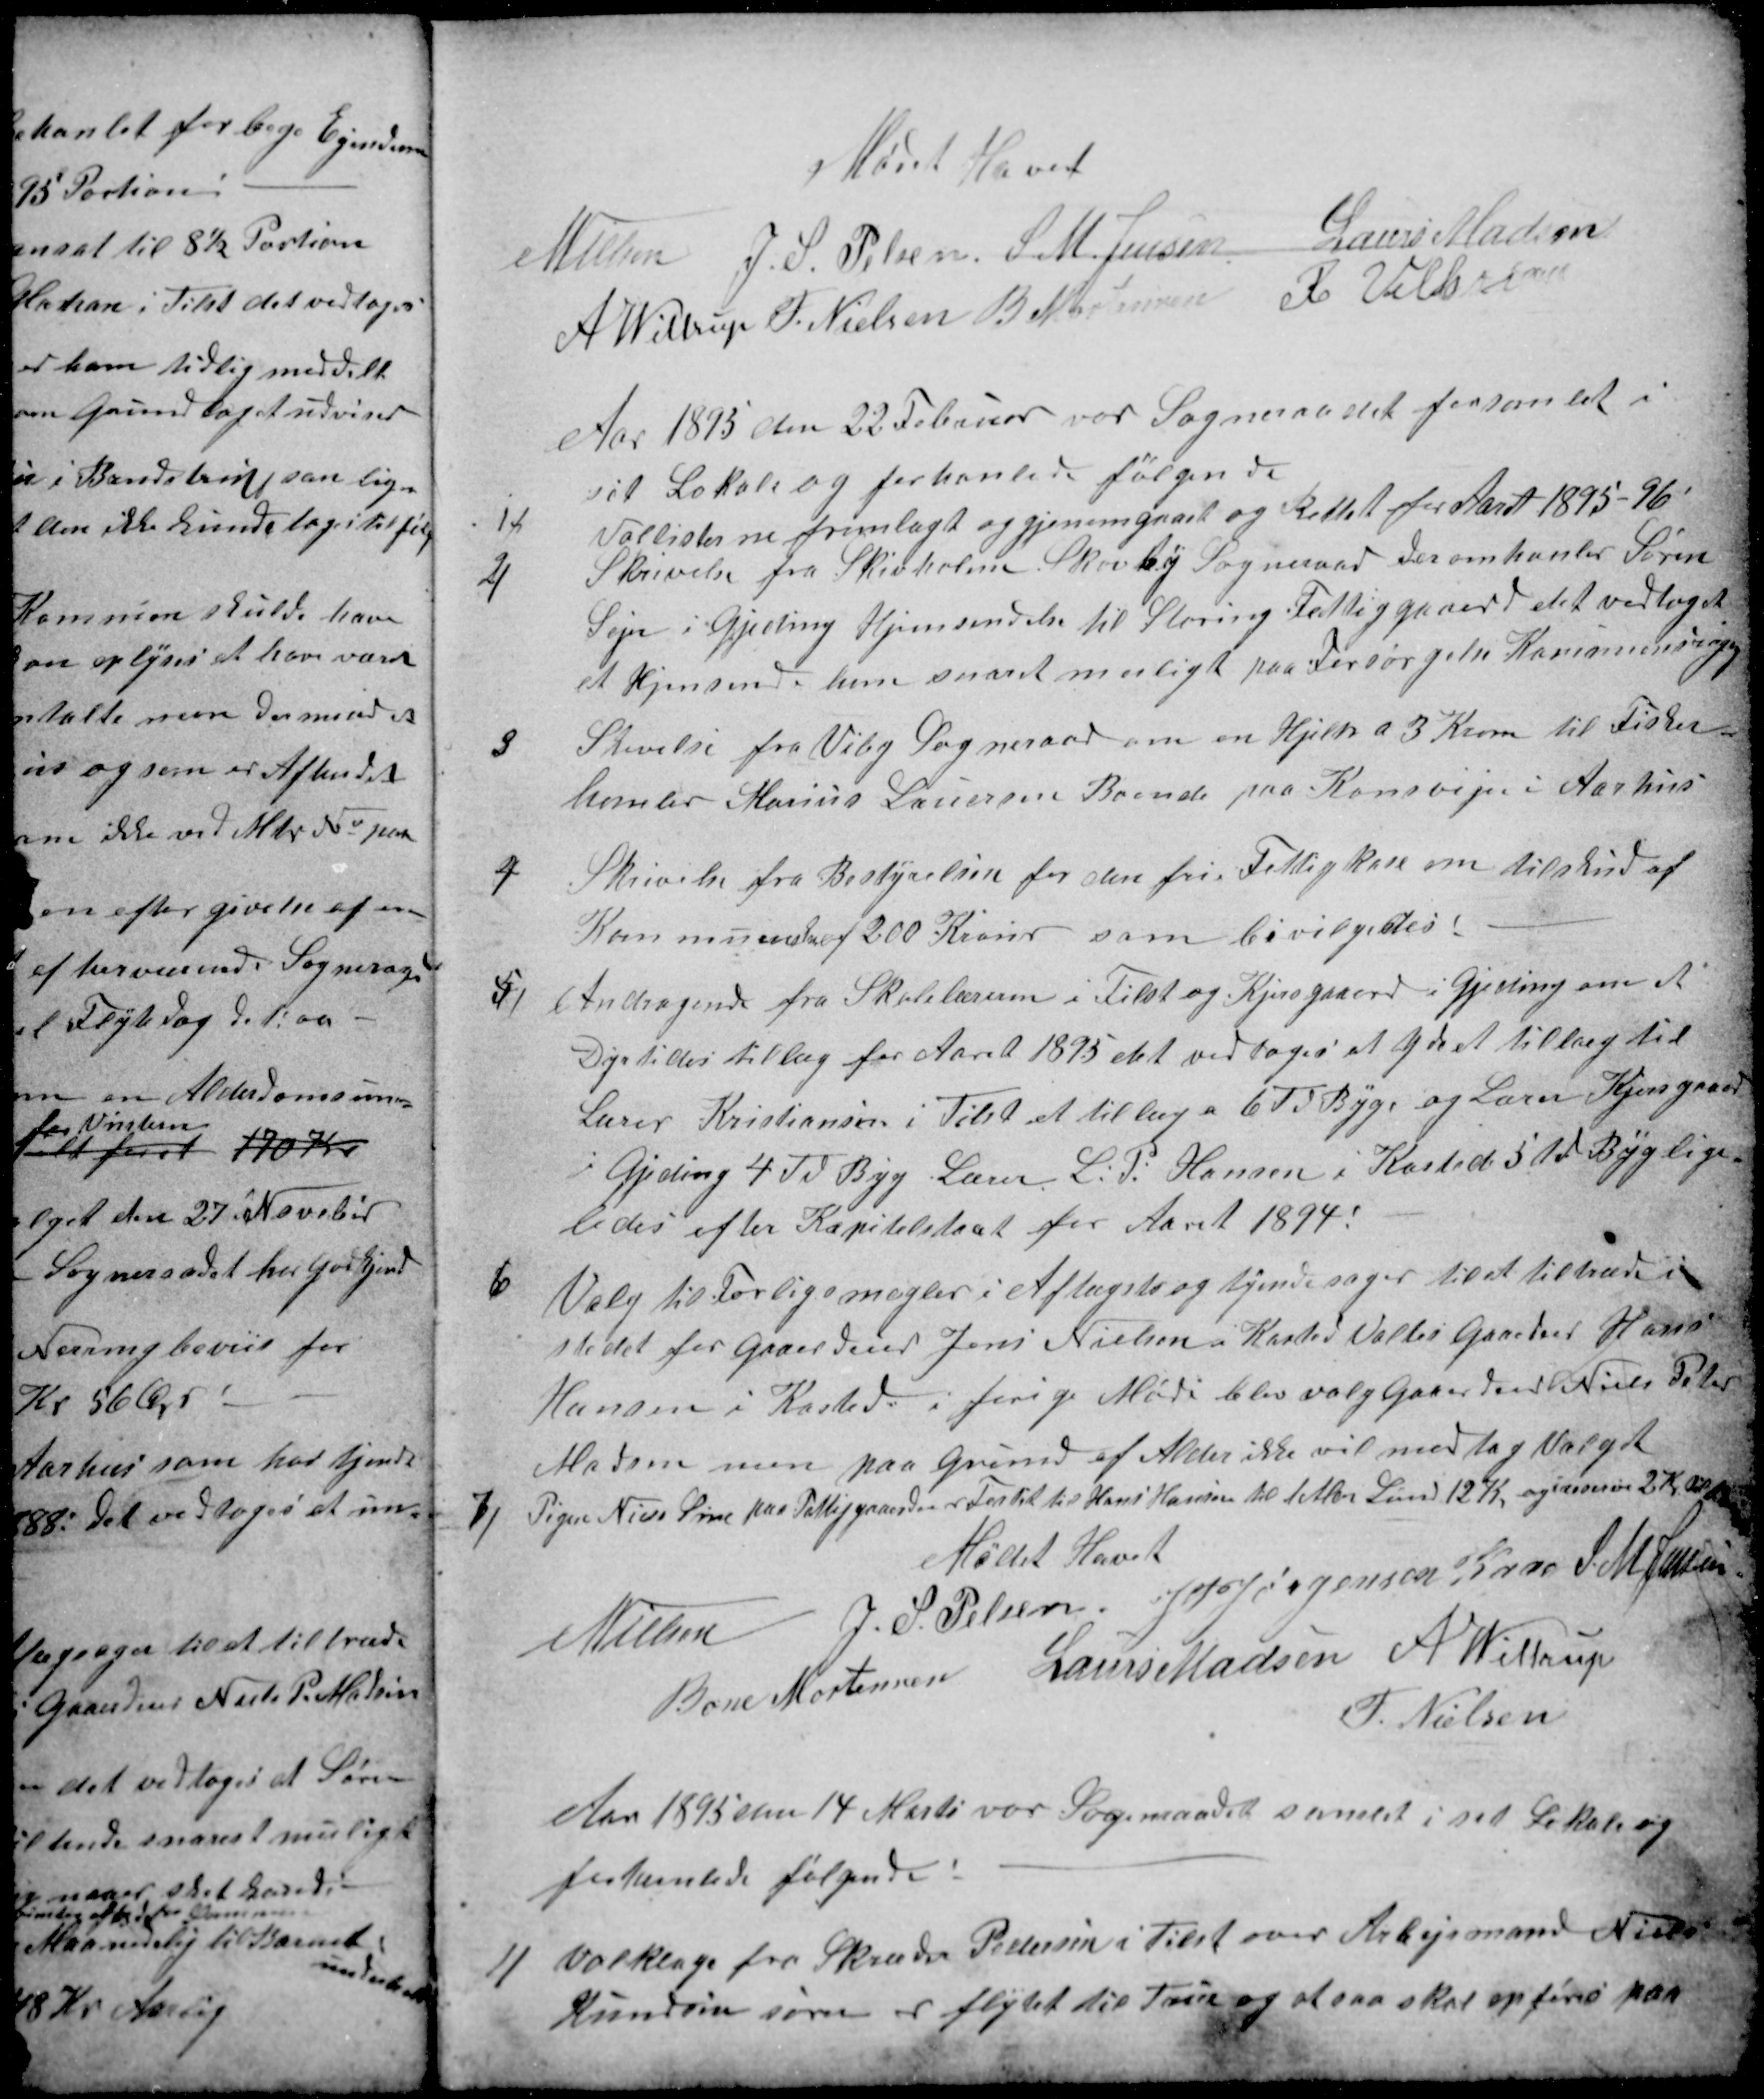
Transskription:
Mødet hævet
N Nielsen
J. S. Pelsen
S. M. Jensen
Laurs Madsen
A Wittrup
F. Nielsen
B Mortensen
R. Villasen
Aar 1895 den 22 Februar var Sogneraadet forsamlet i
1)
sit Lokale og forhanlede følgende
Vallisterne fremlagt og gjenemgaaet og Rettet for Aaret 1895-96
2)
Skrivelse fra Skivholme Skovby Sogneraad der omhandler Søren
Sejer i Gjeding Hjemsendelse til Storing Fattiggaard det vedtoges
at Hjemsende ham snarst muligt paa Forsørgelse Kommunens regning
3
Skrivelse fra Viby Sogneraad om en Hjelp a 3 Kroner til Fisker-
hanler Marius Lauersen Boende paa Konsvejen i Aarhus
4
Skrivelse fra Bestyrelsen for den fri Fattigkase om tilskud af
Kommunekasen af 200 Kroner som bevilgedes:
5)
Andragende fra Skolelæreren i Tilst og Kjersgaard i Gjeding om et
Dyrtids tillæg for Aaret 1895 det vedtoges at yde et tillæg til
Lærer Kristiansen i Tilst et tillæg a 6 Td Byg og Lærer Kjersgaard
i Gjeding 4 Td Byg Lærer L. P. Hansen i Kasted 5 Td Byg lige
ledes efter Kapitelskat for Aaret 1894.
6
Valg til Forligsmægler i Aftægsts og tyendesager til at tiltræde i
stedet for Gaardeier Jens Nielsen i Kasted Valtes Gaardeier Hans
Hansen i Kasted, i forige Møde blev valg Gaardeier Niels Peter
Madsen men paa Grund af Alder ikke vil modtag Valget
7)
Pigen Niels Sine paa Fattiggaarden er Festet til Hans Hansen til 1 Alm Lønd 12 Kr og i reserve 2 Kr. til hende
Mødet Hævet
N Nielsen
J. S. Pelsen
J P Jørgensen Kaae
S. M. Jensen
Bone Mortensen
Laurs Madsen
A Wittrup
F. Nielsen
Aar 1895 den 14 Marts var Sogneraadet samlet i sit Lokale og
forhanlede følgende:
1) 
Valklage fra Skræder Pedersen i Tilst over Arbejsmand Niels
Knudsen som er flytet til True og at saa skal opføres paa